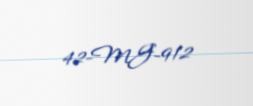
42-MG-912